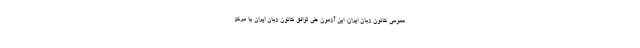
عمومی کانون زبان ایران، این آزمون طی توافق کانون زبان ایران با مرکز